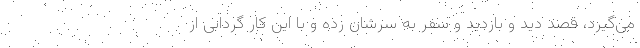
می‌گیرد، قصد دید و بازدید و سفر به سرشان زده و با این کار گردابی از